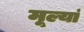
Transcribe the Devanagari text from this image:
मूल्यां